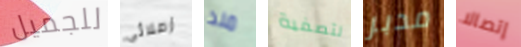
للجميل زملائي منذ لتصفية مدبر إتصالا